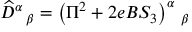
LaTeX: \widehat { D } ^ { \alpha } \, _ { \beta } = \left( \Pi ^ { 2 } + 2 e B S _ { 3 } \right) ^ { \alpha } \, _ { \beta }